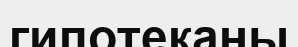
гипотеканы